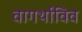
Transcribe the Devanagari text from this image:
वागर्थाविव